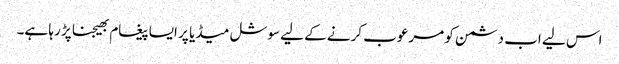
اس لیے اب دشمن کو مرعوب کرنے کے لیے سوشل میڈیا پر ایسا پیغام بھیجنا پڑ رہا ہے۔